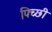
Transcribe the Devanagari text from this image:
पिच्छी